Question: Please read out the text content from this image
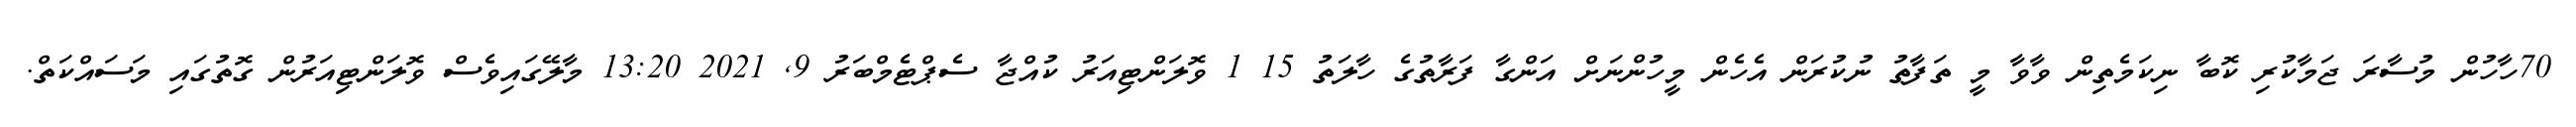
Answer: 70ހާހުން މުސާރަ ޖަމާކުރި ކޮބާ ނިކަމެތިން ވާވާ މީ ތަފާތު ނުކުރަން އެހެން މީހުންނަށް އަންގާ ފަރާތުގެ ހާލަތު 15 1 ވޮލަންޓިއަރު ކުއްޖާ ސެޕްޓެމްބަރު 9, 2021 13:20 މާލޭގައިވެސް ވޮލަންޓިއަރުން ގޮތުގައި މަސައްކަތް.